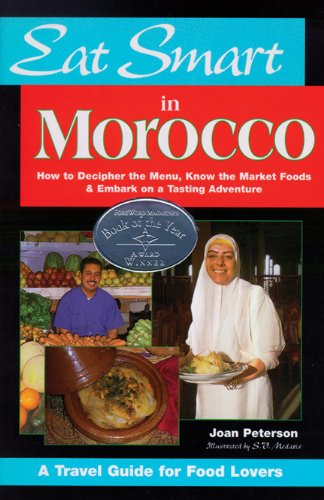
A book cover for Eat Smart in Morocco: How to Decipher the Menu, Know the Market Foods & Embark on a Tasting Adventure; Joan Peterson; Cookbooks, Food & Wine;